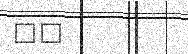
٦٠